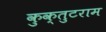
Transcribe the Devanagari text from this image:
कुक्तुटराम